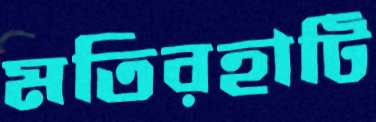
মতিরহাটি